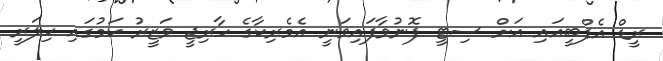
ރީޑް އެފްބީއައި އަށް ސިޓީ ފޮނުވާފައިވަނީ އެމެރިކާގެ ހާރިޖީ ވަޒީރު ކަމުގައި ހިލަރީ